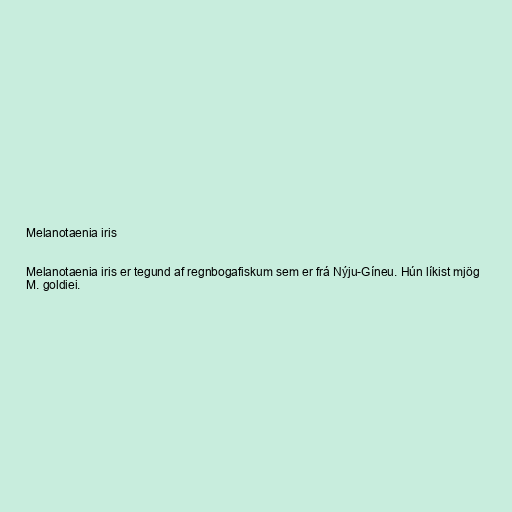
Melanotaenia iris

Melanotaenia iris er tegund af regnbogafiskum sem er frá Nýju-Gíneu. Hún líkist mjög
M. goldiei.